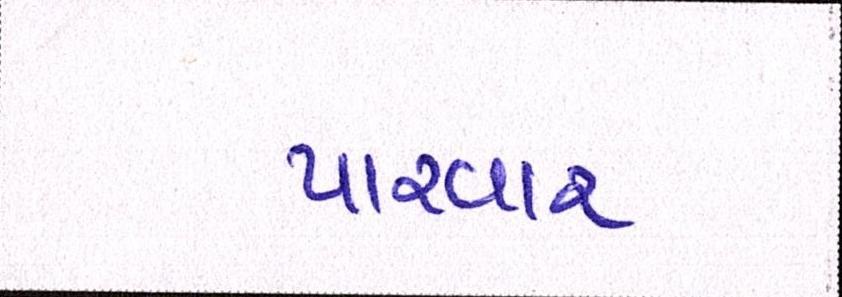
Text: પારવાર